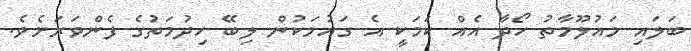
ބަލައި މައުލޫމާތު ހޯދާ އެއް ކަމަކީ އެ ގައުމަކުން ލިބޭ ހިދުމަތުގެ ފެންވަރަށެވެ.